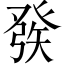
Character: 𤼵